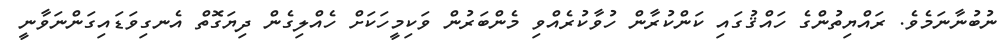
ނުބުނާނަމެވެ. ރައްޔިތުންގެ ހައްޤުގައި ކަންކުރާން ހުވާކުރެއްވި މެންބަރުން ވަކިމީހަކަށް ހެއްލިގެން ދިޔަގޮތް އެނގިވަޑައިގަންނަވާނީ